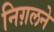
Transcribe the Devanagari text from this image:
निग़लने